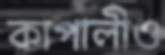
কাপালীও